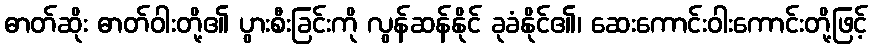
ဓာတ်ဆိုး ဓာတ်ဝါးတို့၏ ပွားစီးခြင်းကို လွန်ဆန်နိုင် ခုခံနိုင်၏၊ ဆေးကောင်းဝါးကောင်းတို့ဖြင့်